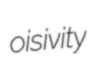
oisivity